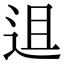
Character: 䢐